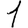
Digit: 1